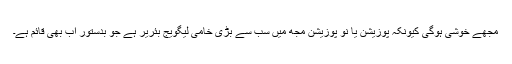
مجھے خوشی ہوگی کیونکہ پوزیشن یا نو پوزیشن مجھ میں سب سے بڑی خامی لیگویج بئریر ہے جو بدستور اب بھی قائم ہے۔